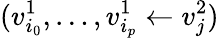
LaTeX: (v_{i_{0}}^{1},\ldots,v_{i_{p}}^{1}\leftarrow v_{j}^{2})